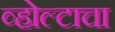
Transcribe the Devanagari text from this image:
व्होल्टाचा